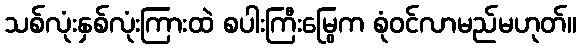
သစ်လုံးနှစ်လုံးကြားထဲ စပါးကြီးမြွေက စုံဝင်လာမည်မဟုတ်။